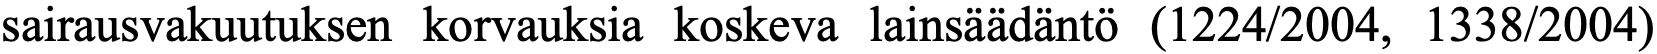
sairausvakuutuksen korvauksia koskeva lainsäädäntö (1224/2004, 1338/2004)